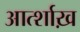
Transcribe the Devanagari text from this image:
आर्त्शाख़